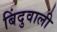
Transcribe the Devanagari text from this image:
बिंदुवाली